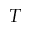
T